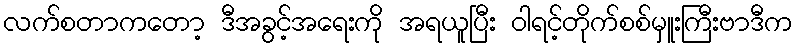
လက်စတာကတော့ ဒီအခွင့်အရေးကို အရယူပြီး ၀ါရင့်တိုက်စစ်မှူးကြီးဗာဒီက